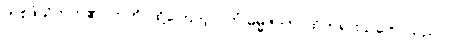
တစ်ဖုံသိတတ်၏။ ဣတိ၊ ထို့ကြောင့်။ (တံ ဓမ္မဇာတံ၊ ထိုတရားသဘောသည်။)